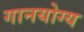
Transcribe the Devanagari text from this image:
गानयोग्य